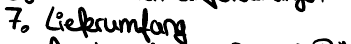
7. Lieferumfang